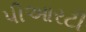
પીઆરટી